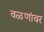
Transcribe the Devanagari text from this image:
वळणांवर